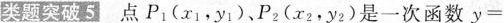
类题突破5.点P1(_{x1} ，_{y1} )。P2(_{x2} ，_{y2} )是一次函数y=